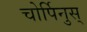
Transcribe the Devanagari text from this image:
चोर्पिनुस्